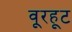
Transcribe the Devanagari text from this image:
वूरहूट